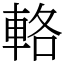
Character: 輅